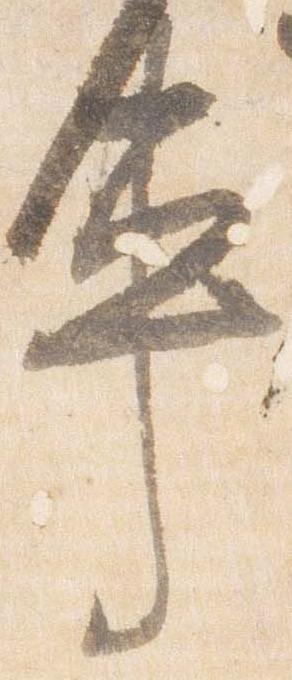
車